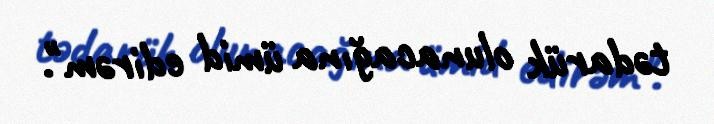
tədarük olunacağına ümid edirəm".